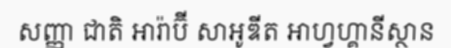
សញ្ញា ជាតិ អារ៉ាប៊ី សាអូឌីត អាហ្វហ្គានីស្ថាន